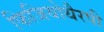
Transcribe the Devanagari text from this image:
फिजियोथैरपी